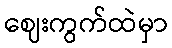
ဈေးကွက်ထဲမှာ